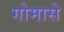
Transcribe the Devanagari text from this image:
गोमासे